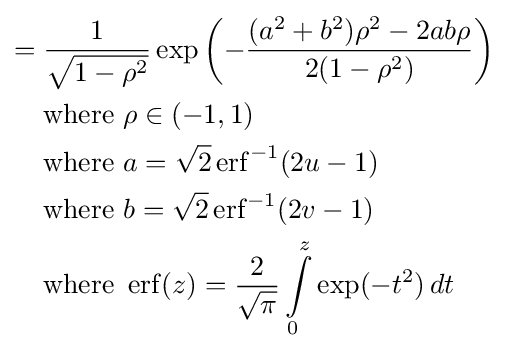
{\begin{aligned}={}&{\frac {1}{\sqrt {1-\rho ^{2}}}}\exp \left(-{\frac {(a^{2}+b^{2})\rho ^{2}-2ab\rho }{2(1-\rho ^{2})}}\right)\\&{\text{where }}\rho \in (-1,1)\\&{\text{where }}a={\sqrt {2}}\operatorname {erf} ^{-1}({2u-1})\\&{\text{where }}b={\sqrt {2}}\operatorname {erf} ^{-1}({2v-1})\\&{\text{where }}\operatorname {erf} (z)={\frac {2}{\sqrt {\pi }}}\int \limits _{0}^{z}\exp(-t^{2})\,dt\end{aligned}}